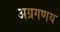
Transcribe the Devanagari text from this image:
अग्रगणय